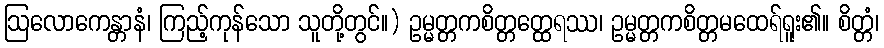
ဩလောကေန္တာနံ၊ ကြည့်ကုန်သော သူတို့တွင်။) ဥမ္မတ္တကစိတ္တတ္ထေရဿ၊ ဥမ္မတ္တကစိတ္တမထေရ်ရူး၏။ စိတ္တံ၊